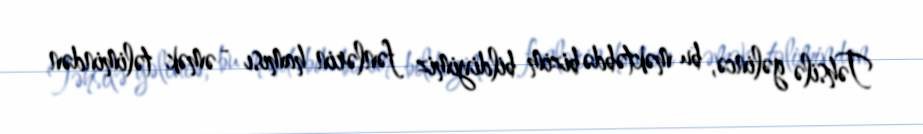
Təhsilə gəlincə, bu məktəbdə bizim bildiyimiz fənlərin hamısı - əmək təlimindən